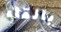
بالقاء